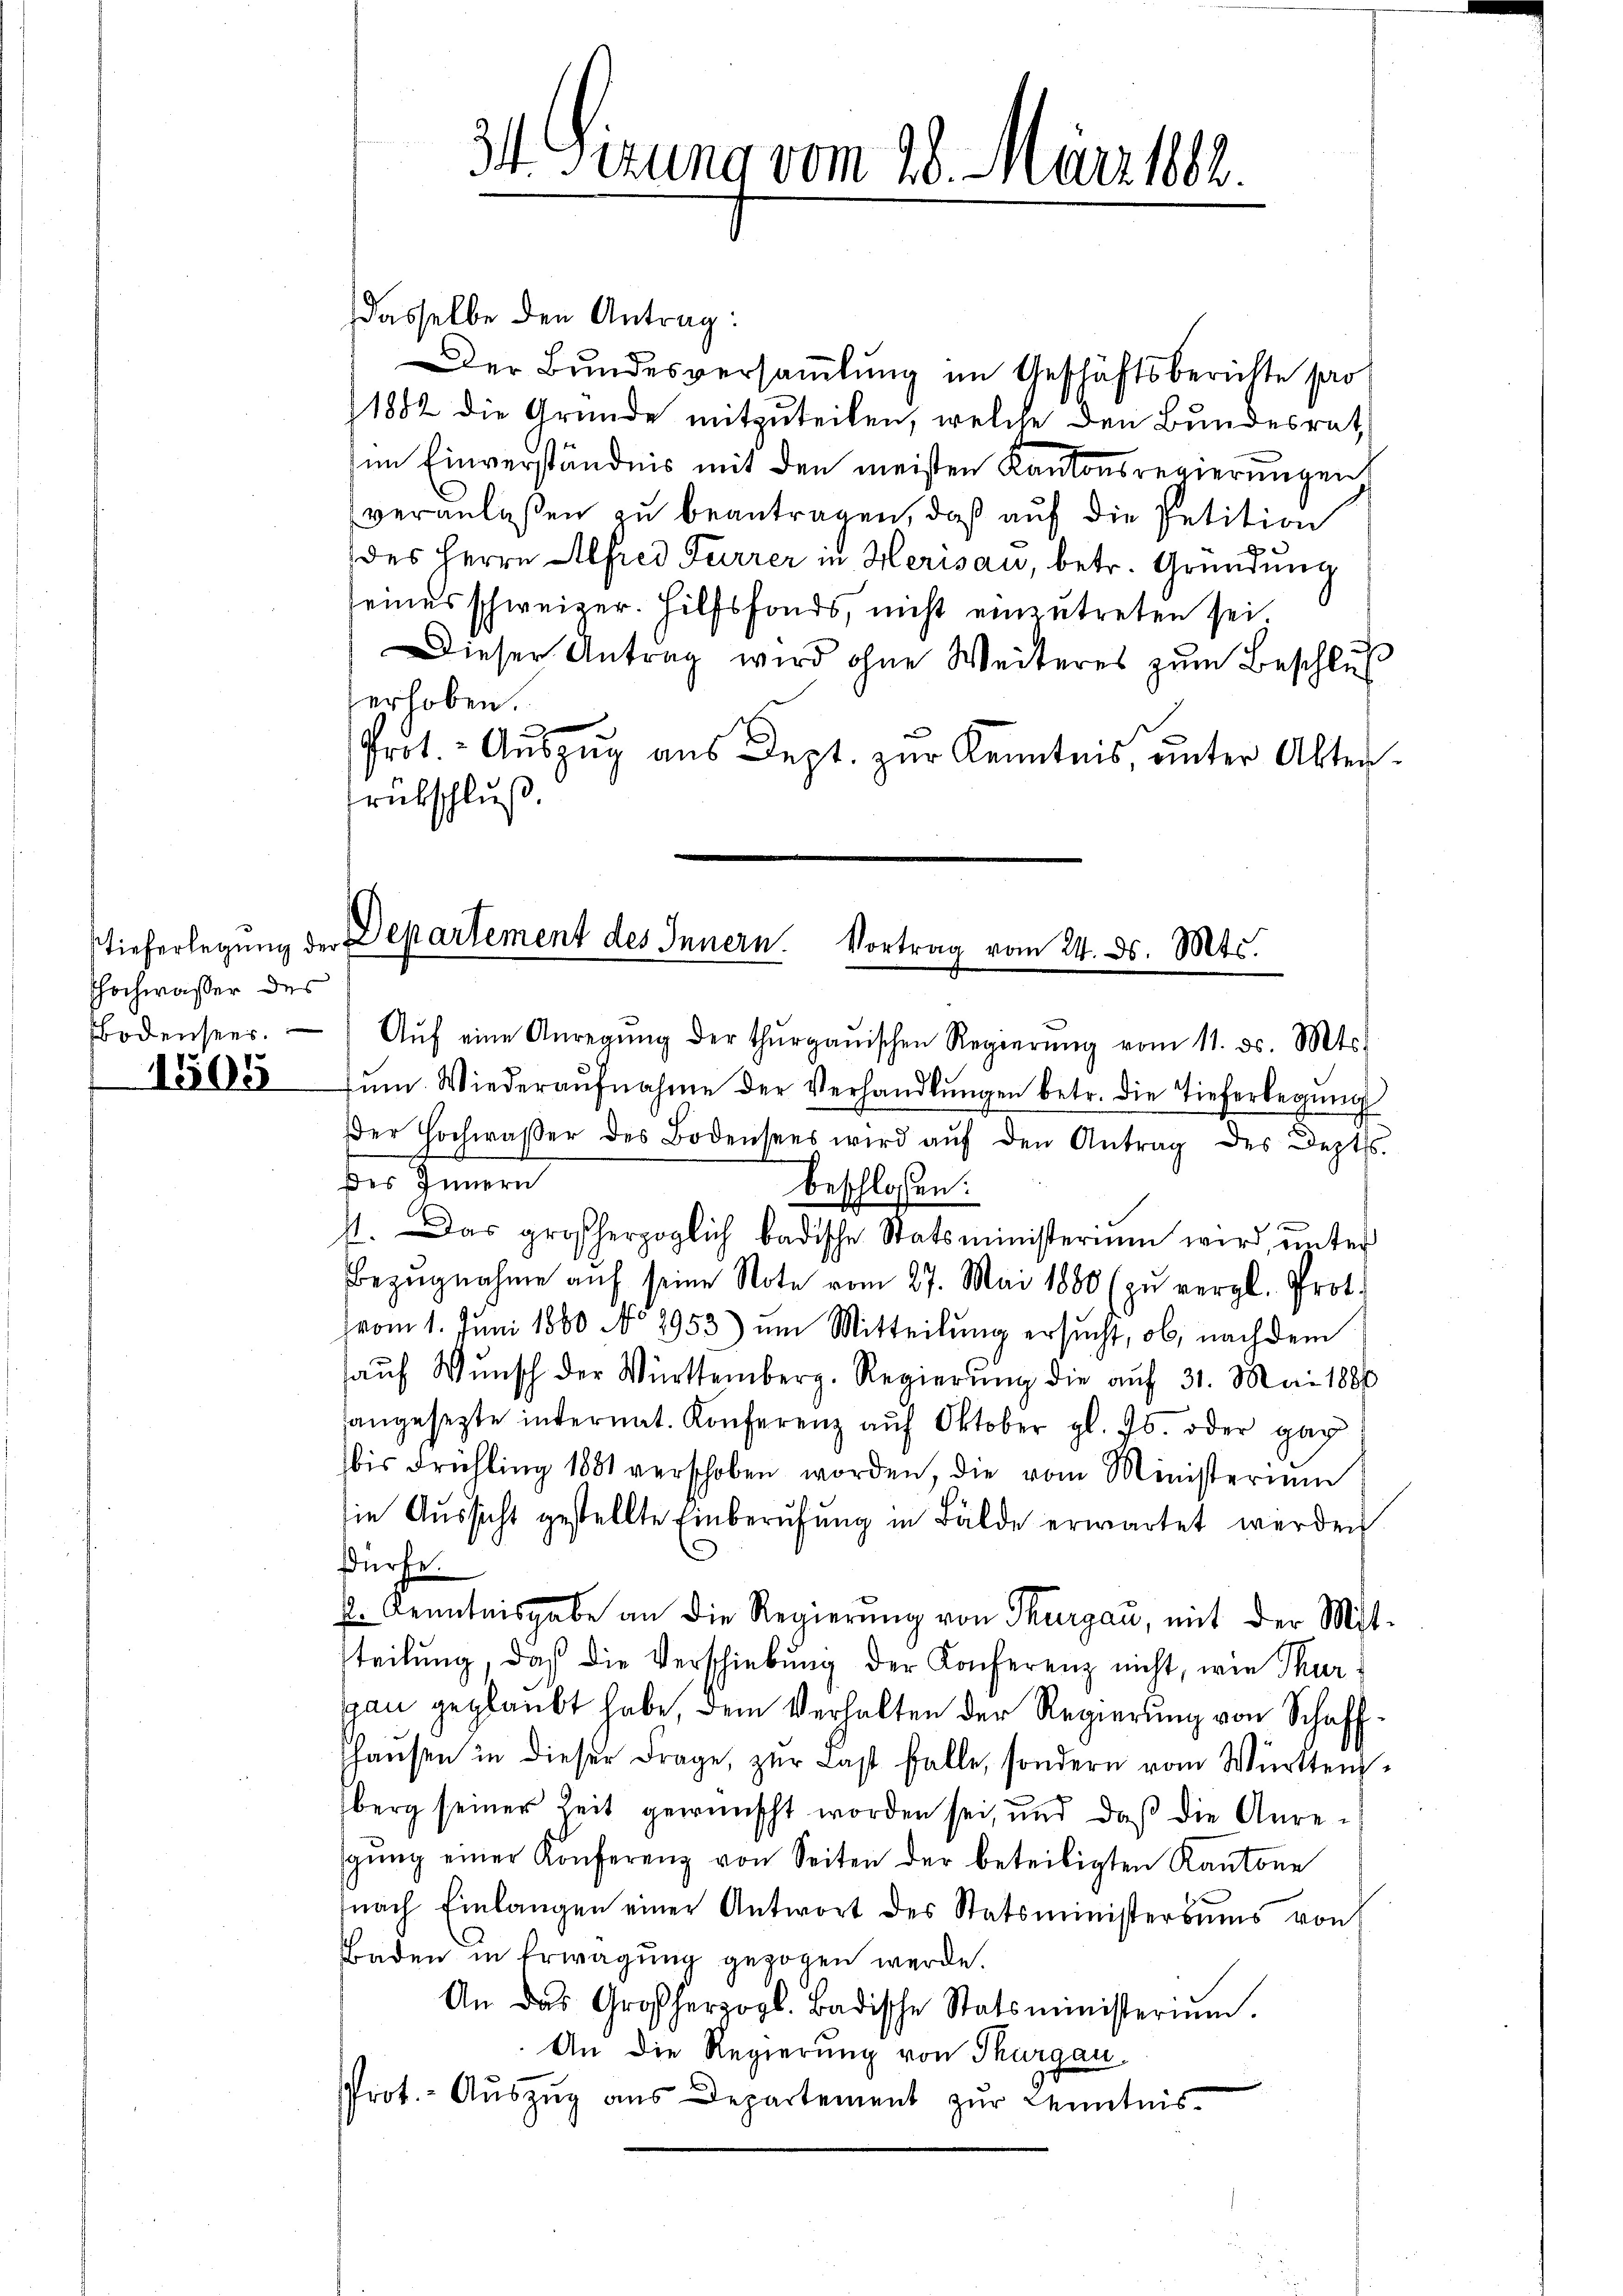
Thochwaßer des

1505

dasselbe den Antrag:
Der Bundesversammlung im Geschäftsberichte pro
1882 die Gründe mitzuteilen, welche den Bundesrath
im Einverständnis mit den meisten Kantonsregierungen
veranlaßen zu beantragen, daß auf die Petition
des Herrn Alfred Furrer in Herisau, betr. Gründung
seines schweizer. Hilfsfonds, nicht einzutreten sei.
Dieser Antrag wird ohne Weiteres zŭm Beschlus
erhoben.
Prot.- Aŭszŭg ans Dept. zŭr Kenntnis, unter Alter-
rübschluß.

34 Sizung vom 28. März 182.

tieferlegŭng der Departement des Innern. Vortrag vom 24. ds. Mts.
Bodenseer. Aŭf eine Anregŭng der thŭrgaŭischen Regierŭng vom 11. ds. Mts.

Eŭm. Wiederaŭfnahme der Verhandlŭngen betr. die Tieferlegŭng
der Hochwaßer des Bodensees wird aŭf den Antrag des Depts.
des Innern
beschlossen:
st. Das großherzoglich badische Statsministerium wird ŭnter
Bezŭgnahme aŭf seine Note vom 27. Mai 1880 (zŭ vergl. Prot.
vom 1. Juni 1880 No 7953) um Mitteilung ersucht, ob, nachdem
aŭf Wunsch der Württemberg. Regierŭng die aŭf 31. Mai 1886
angesetzte internat. Konferenz aŭf Oktober gl. Js. oder gar
bis Frühling 1881 verschoben worden, die vom Ministerium
sie Aussicht gestellte Einberufung in Bälde erwartet werden
dürfe.
p. Kenntnisgabe an die Regierŭng von Thurgau, mit der Mit-
steilŭng, daß die Verschiebung der Konferenz nicht, wie Thurgan geglaubt habe, dem Verhalten der Regierung von Schaffhaŭsen in dieser Frage, zŭr Last falle, sondern vom Württenberg seiner Zeit gewünscht worden sei, und daß die Anregŭng einer Konferenz von Seiten der beteiligten Kantone
nach Einlangen einer Antwort des Statsministersums von
Baden in Erwägung gezogen werde.
An das Großherzogl. Badische Statsministerium.
An die Regierung von Thurgau.
Prot.- Aŭszŭg ans Departement zŭr Kenntnis